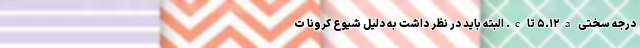
درجه سختی ۵.۱۲a تا c. البته باید در نظر داشت به دلیل شیوع کرونا ت